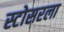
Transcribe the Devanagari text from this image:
स्टोसरला